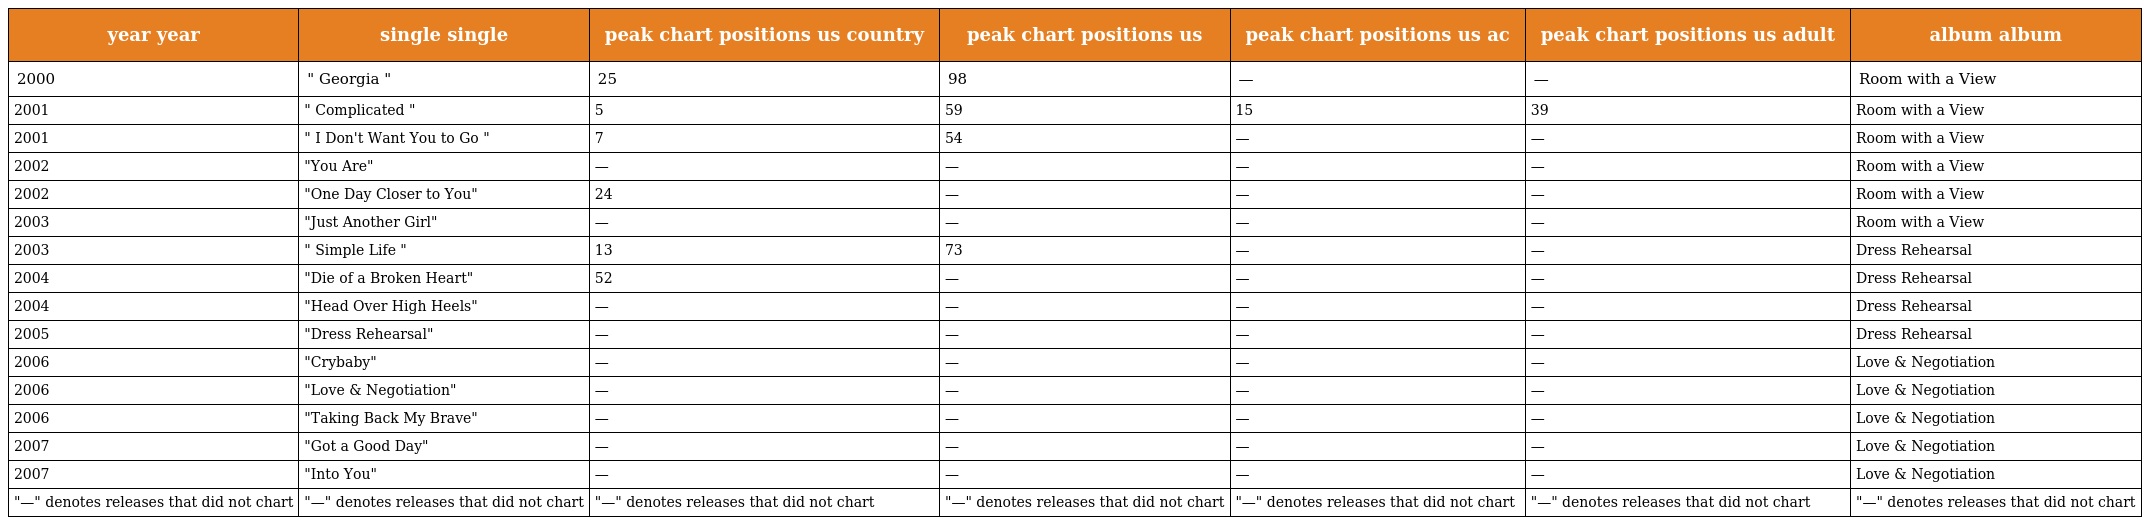
| year year | single single | peak chart positions us country | peak chart positions us | peak chart positions us ac | peak chart positions us adult | album album |
 | --- | --- | --- | --- | --- | --- | --- |
 | 2000 | " Georgia " | 25 | 98 | — | — | Room with a View |
 | 2001 | " Complicated " | 5 | 59 | 15 | 39 | Room with a View |
 | 2001 | " I Don't Want You to Go " | 7 | 54 | — | — | Room with a View |
 | 2002 | "You Are" | — | — | — | — | Room with a View |
 | 2002 | "One Day Closer to You" | 24 | — | — | — | Room with a View |
 | 2003 | "Just Another Girl" | — | — | — | — | Room with a View |
 | 2003 | " Simple Life " | 13 | 73 | — | — | Dress Rehearsal |
 | 2004 | "Die of a Broken Heart" | 52 | — | — | — | Dress Rehearsal |
 | 2004 | "Head Over High Heels" | — | — | — | — | Dress Rehearsal |
 | 2005 | "Dress Rehearsal" | — | — | — | — | Dress Rehearsal |
 | 2006 | "Crybaby" | — | — | — | — | Love & Negotiation |
 | 2006 | "Love & Negotiation" | — | — | — | — | Love & Negotiation |
 | 2006 | "Taking Back My Brave" | — | — | — | — | Love & Negotiation |
 | 2007 | "Got a Good Day" | — | — | — | — | Love & Negotiation |
 | 2007 | "Into You" | — | — | — | — | Love & Negotiation |
 | "—" denotes releases that did not chart | "—" denotes releases that did not chart | "—" denotes releases that did not chart | "—" denotes releases that did not chart | "—" denotes releases that did not chart | "—" denotes releases that did not chart | "—" denotes releases that did not chart |